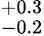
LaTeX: ^{+0.3}_{-0.2}